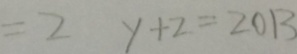
= 2 y + z = 2 0 1 3